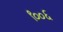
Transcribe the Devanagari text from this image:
९००६